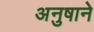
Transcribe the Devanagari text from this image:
अनुषाने